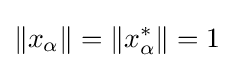
\|x_{\alpha }\|=\|x_{\alpha }^{*}\|=1